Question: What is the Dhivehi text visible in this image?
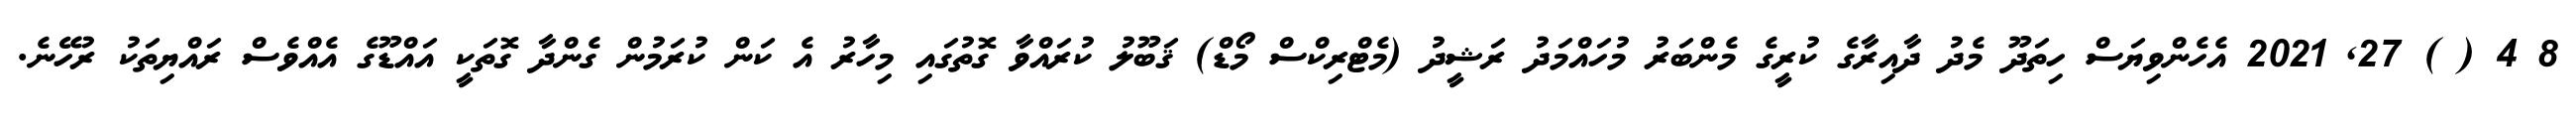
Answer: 8 4 ( ) 27, 2021 އެހެންވިޔަސް ހިތަދޫ މެދު ދާއިރާގެ ކުރީގެ މެންބަރު މުހައްމަދު ރަޝީދު (މެޓްރިކްސް މޯޑް) ޤަބޫލު ކުރައްވާ ގޮތުގައި މިހާރު އެ ކަން ކުރަމުން ގެންދާ ގޮތަކީ އައްޑޫގެ އެއްވެސް ރައްޔިތަކު ރުހޭނެ.